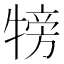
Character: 𤚰